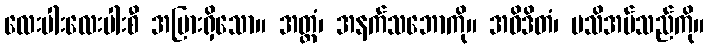
လေးပါးလေးပါးစီ အပြားရှိသော။ အတ္ထံ၊ အနက်သဘောကို။ အဝိဒိတံ၊ မသိအပ်သည်ကို။